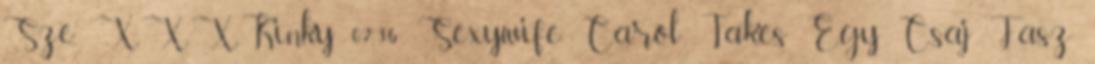
Sze. XXXKinky 02:36 Sexywife Carol Takes Egy Csaj Fasz